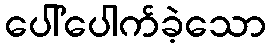
ပေါ်ပေါက်ခဲ့သော